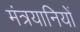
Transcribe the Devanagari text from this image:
मंत्रयानियों